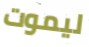
ليموت